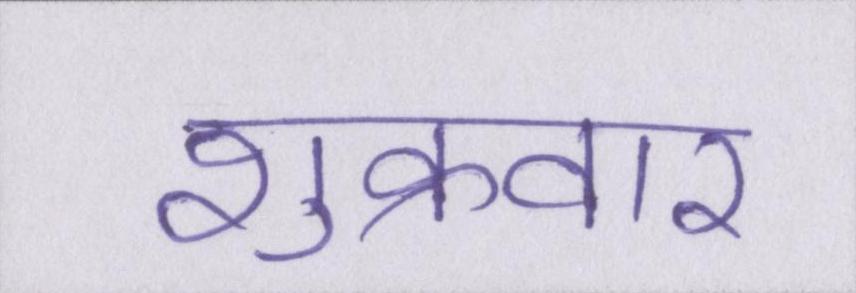
शुक्रवार